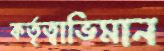
কর্তৃত্বাভিমান